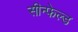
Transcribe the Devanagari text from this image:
सीन्फेल्ड